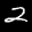
Label: 2